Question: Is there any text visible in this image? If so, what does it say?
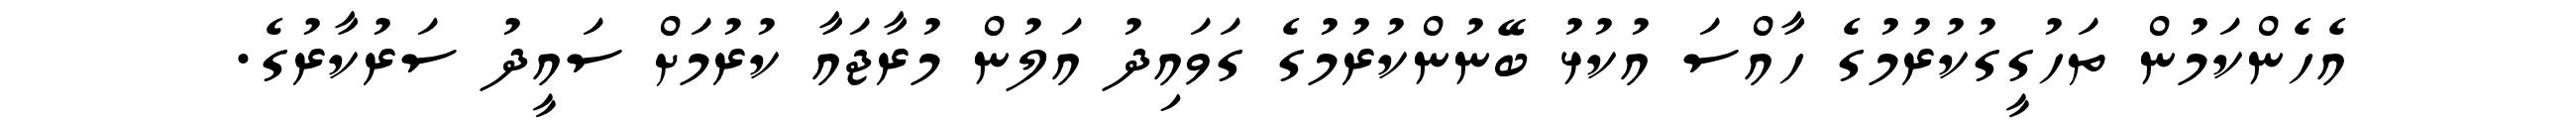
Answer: އެހެންކަމުން ތަހުގީގުކުރުމުގެ ހާއްސަ އުކުޅު ބޭނުންކުރުމުގެ ގަވައިދު އަލުން މުރާޖައާ ކުރުމަށް ސައީދު ސަރުކާރުގެ.